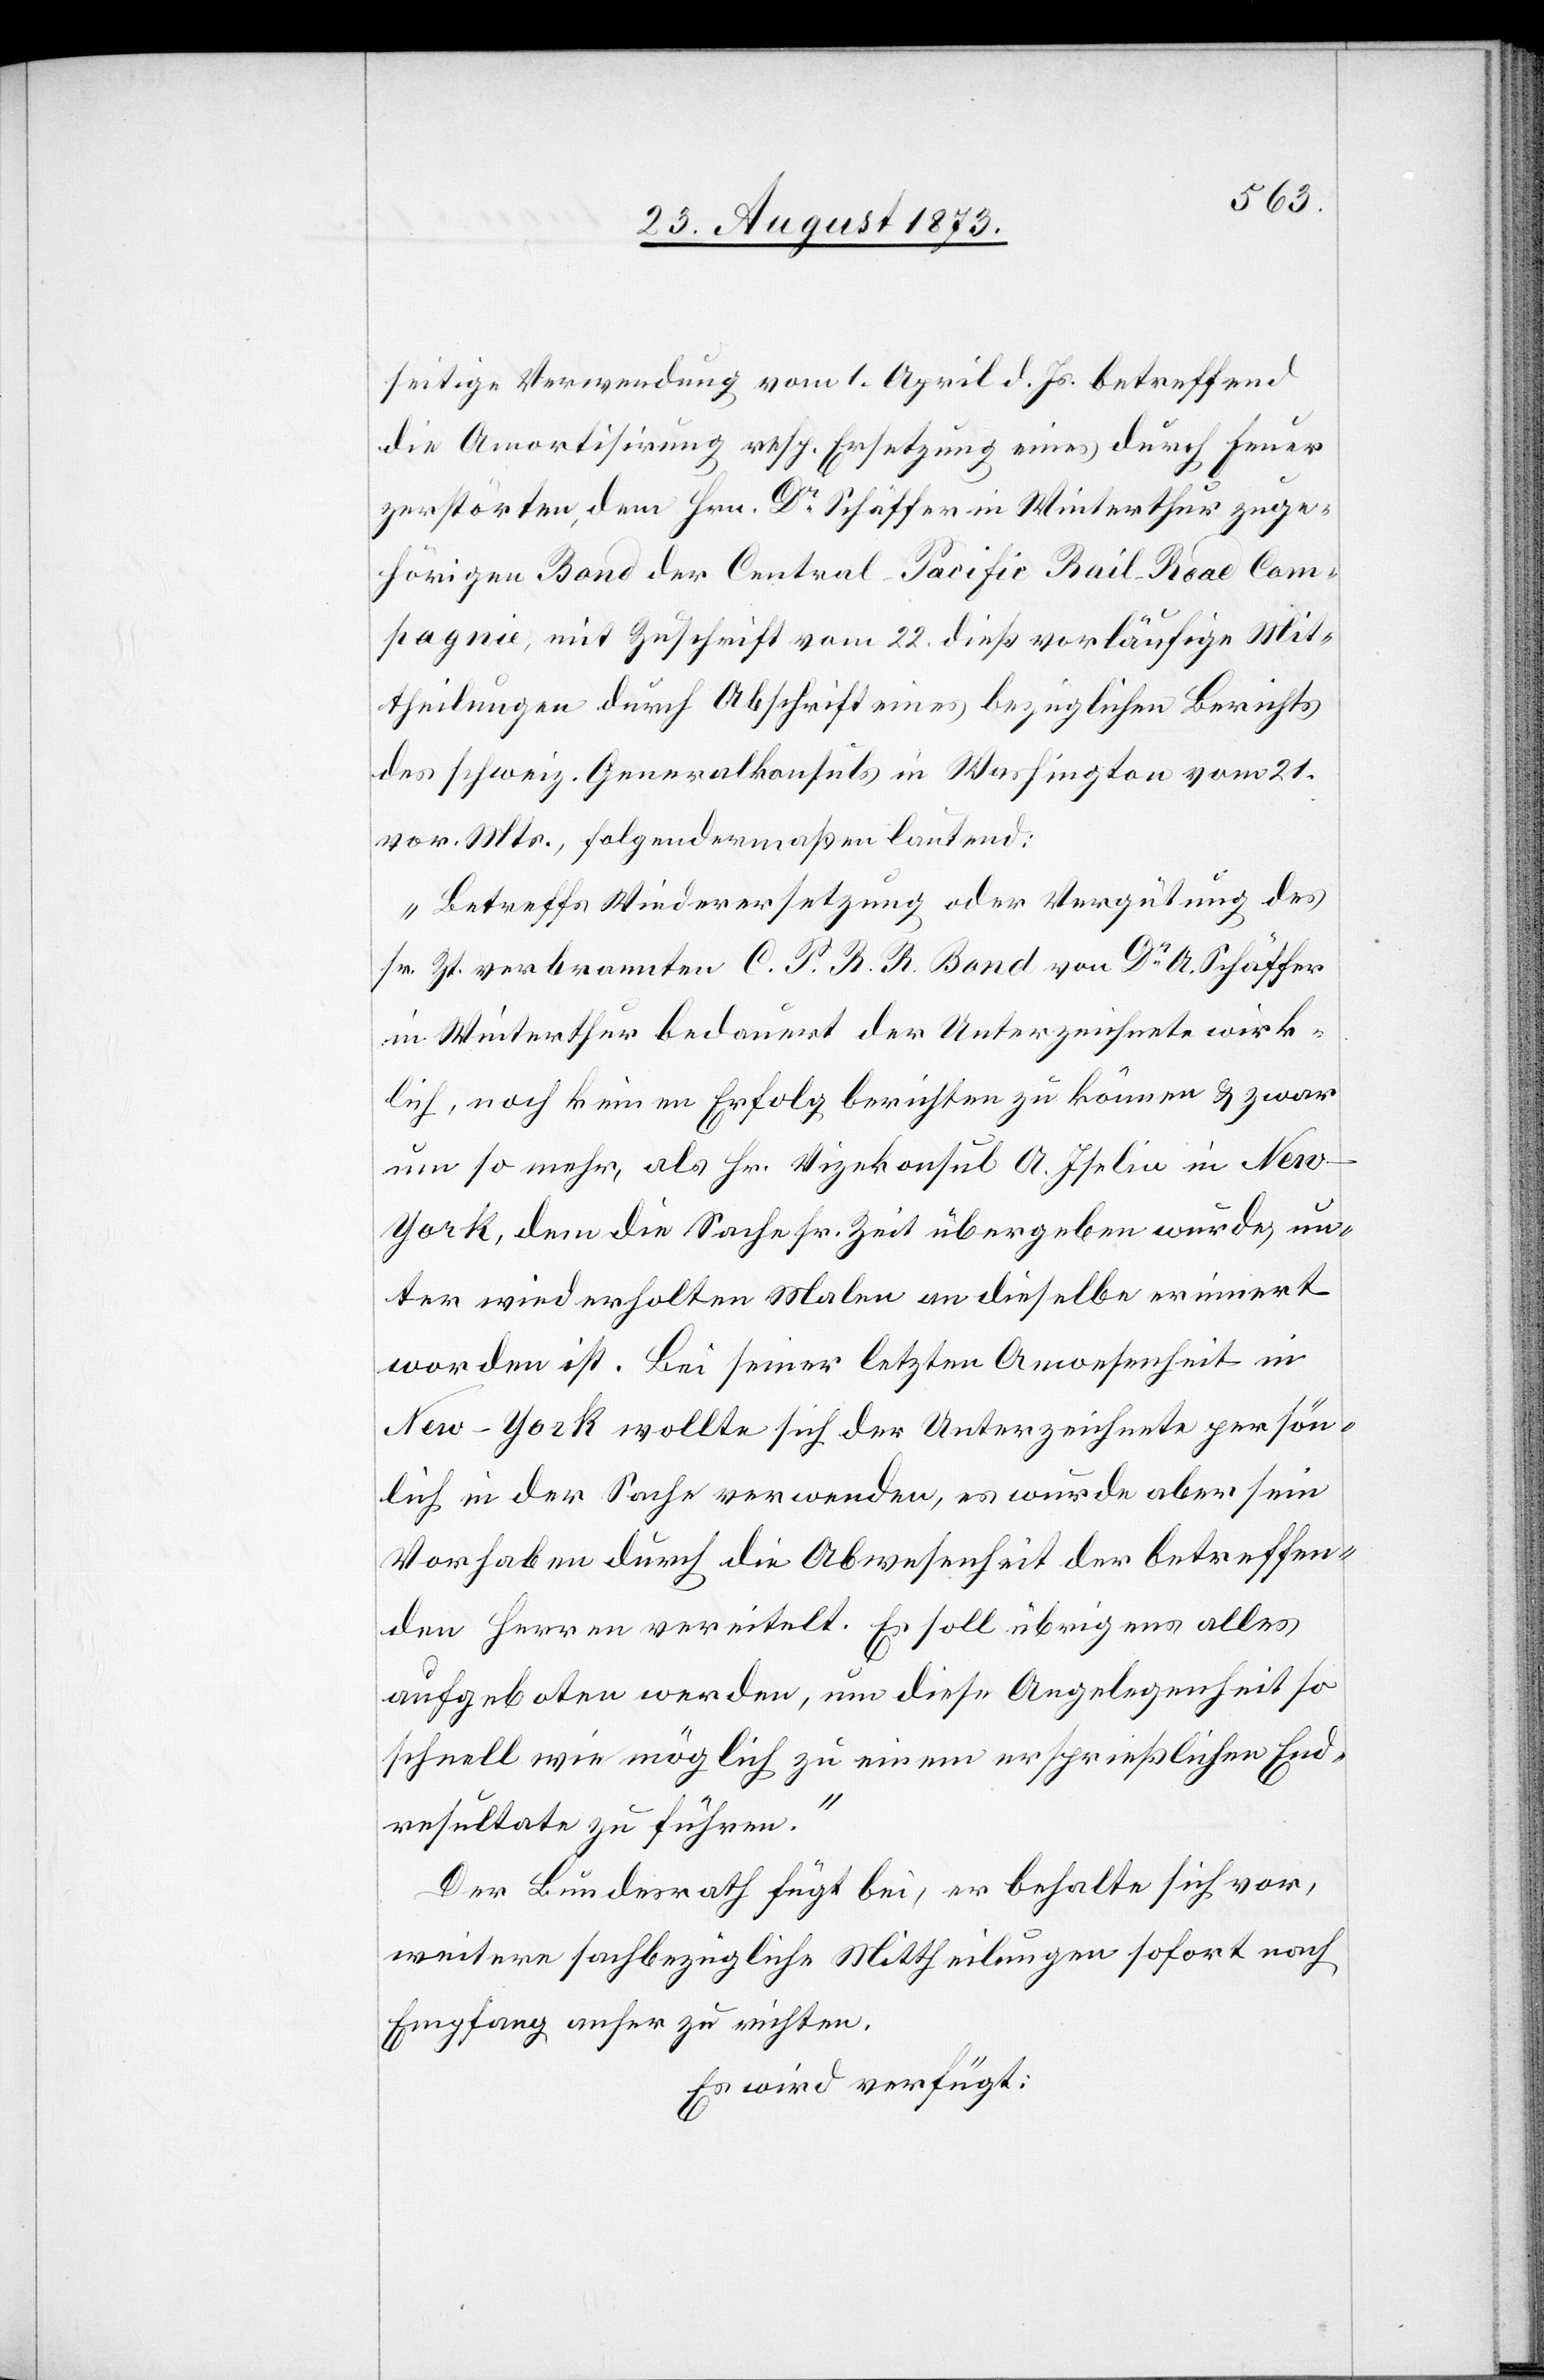
seitige Verwendung vom 1. April d. Js. betreffend
die Amortisirung resp. Ersetzung eines durch Feuer
zerstörten, dem Hrn. Dr Schäffer [sic!] in Winterthur zuge¬
hörigen Bond der Central-Pacific Rail-Road Com¬
pagnie, mit Zuschrift vom 22. dieß vorläufige Mit¬
theilungen durch Abschrift eines bezüglichen Berichts
des schweiz. Generalkonsuls in Washington vom 21.
vor. Mts., folgendermaßen lautend:
„Betreffs Wiederersetzung oder Vergütung des
sr. Zt. verbrannten C. P. R. R. Bond von Dr A. Schäffer
in Winterthur bedauert der Unterzeichnete wirk¬
lich, noch keinen Erfolg berichten zu können & zwar
um so mehr, als Hr. Vizekonsul A. Iselin in New-Y¬
ork, dem die Sache sr. Zeit übergeben wurde, un¬
ter wiederholten Malen an dieselbe erinnert
worden ist. Bei seiner letzten Anwesenheit in
New-York wollte sich der Unterzeichnete persön¬
lich in der Sache verwenden, es wurde aber sein
Vorhaben durch die Abwesenheit der betreffen¬
den Herren vereitelt. Es soll übrigens alles
aufgeboten werden, um diese Angelegenheit so
schnell wie möglich zu einem ersprießlichen End¬
resultate zu führen.“
Der Bundesrath fügt bei, er behalte sich vor,
weitere sachbezügliche Mittheilungen sofort nach
Empfang anher zu richten.
Es wird verfügt: